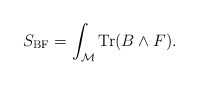
\begin{align*}S_{\rm BF} = \int_{\cal M} {\rm Tr} (B\wedge F).\end{align*}